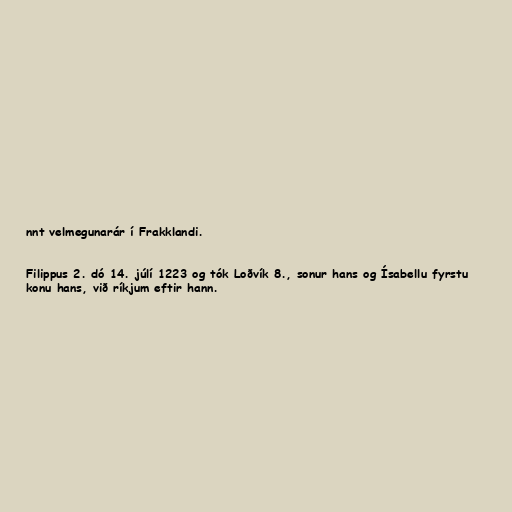
nnt velmegunarár í Frakklandi.

Filippus 2. dó 14. júlí 1223 og tók Loðvík 8., sonur hans og Ísabellu fyrstu
konu hans, við ríkjum eftir hann.